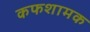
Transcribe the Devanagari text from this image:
कफशामक